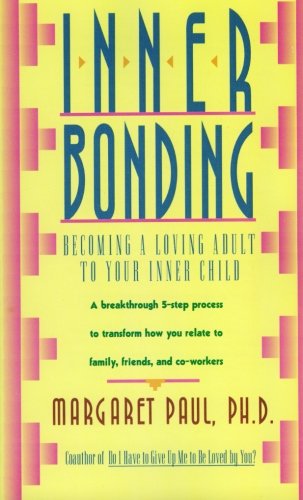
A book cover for Inner Bonding: Becoming a Loving Adult to Your Inner Child; Margaret Paul; Religion & Spirituality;